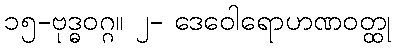
၁၅-ဗုဒ္ဓဝဂ္ဂ။ ၂- ဒေဝေါရောဟဏဝတ္ထု